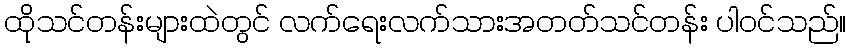
ထိုသင်တန်းများထဲတွင် လက်ရေးလက်သားအတတ်သင်တန်း ပါဝင်သည်။